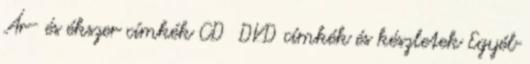
Ár- és ékszer címkék CD DVD címkék és készletek Egyéb